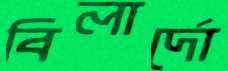
বিলার্দো